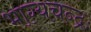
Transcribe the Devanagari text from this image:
भाग्यचन्द्रः